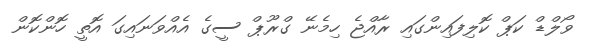
ވޯލްޑް ކަޕް ކޮލިފައިންގައި ރާއްޖެ ހިމެނޭ ގްރޫޕް ސީގެ އެއްވަނައިގަ އޮތީ ހޮންކޮން